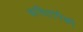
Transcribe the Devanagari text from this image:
कवितांपैकी